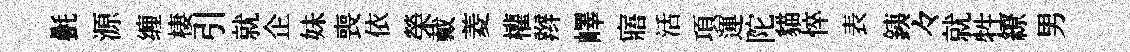
㲲源缠棲引就企妹喪依榮戴菱權辫嶧寤活項運陀貓悴表銕々就牲繚男